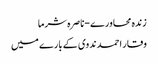
زندہ محاورے-ناصرہ شرما
وقار احمد ندوی کے بارے میں